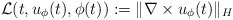
\begin{align*} \mathcal{L}(t,u_\phi(t),\phi(t)) := \lVert \nabla \times u_\phi(t) \rVert_H\end{align*}